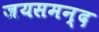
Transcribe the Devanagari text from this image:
जयसमन्‍द